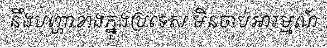
នឹងបញ្ហាខាងក្នុងប្រទេស មិនចាប់អារម្មណ៍